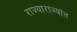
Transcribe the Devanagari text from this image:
राज्याराज्यांत